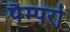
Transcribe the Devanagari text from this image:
पैम्परो